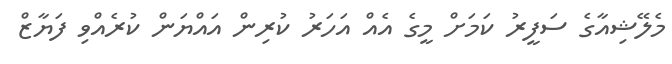
މެލޭޝިއާގެ ސަފީރު ކަމަށް މީގެ އެއް އަހަރު ކުރިން އައްޔަން ކުރެއްވި ފަޔާޒް